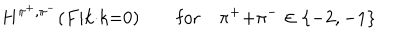
H ^ { \pi ^ { + } , \pi ^ { - } } ( F | k { \cdot } k { = } 0 ) \qquad \mathrm { f o r } \quad \pi ^ { + } { + } \pi ^ { - } \in \{ - 2 , - 1 \}